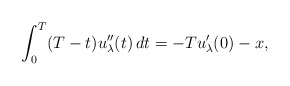
\begin{align*}\int_0^T (T-t)u_{\lambda}^{\prime \prime}(t)\, dt =-Tu_{\lambda}^{\prime}(0) -x,\end{align*}